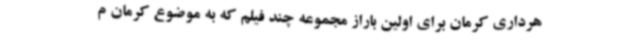
هرداری کرمان برای اولین باراز مجموعه چند فیلم که به موضوع کرمان م